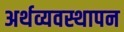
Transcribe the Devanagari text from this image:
अर्थव्यवस्थापन